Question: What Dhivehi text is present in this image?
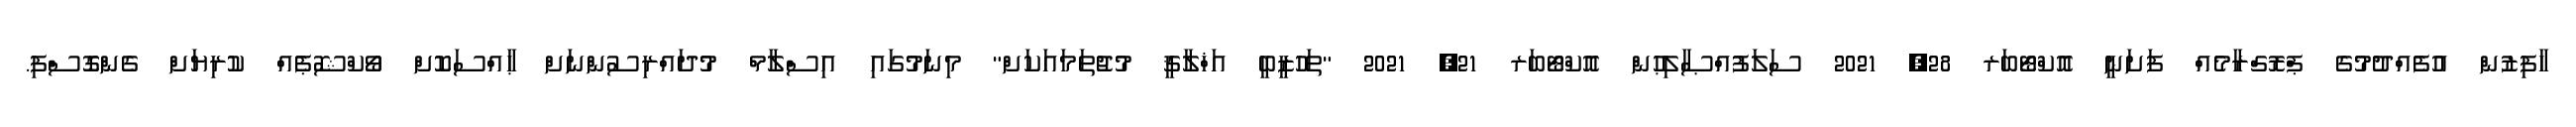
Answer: ހާފިޒުން އުފެއްދުމުގެ ޕްރޮގްރާމެއް ފަށަނީ އޮކްޓޯބަރ 28, 2021 ސަލަފުއްޞާލިޙުން އޮކްޓޯބަރ 21, 2021 "ތަހުޒީބީ އަޚްލާޤީ މުޖުތަމައަކަށް" މިނަމުގައި އިސްލާމް މުދައްރިސުންނަށް ޙާއްސަކޮށް ވޯކްޝޮޕެއް ކުރިޔަށް ގެންގޮސްފި.